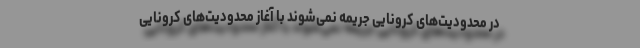
در محدودیت‌های کرونایی جریمه نمی‌شوند با آغاز محدودیت‌های کرونایی